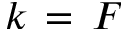
k \, = \, F